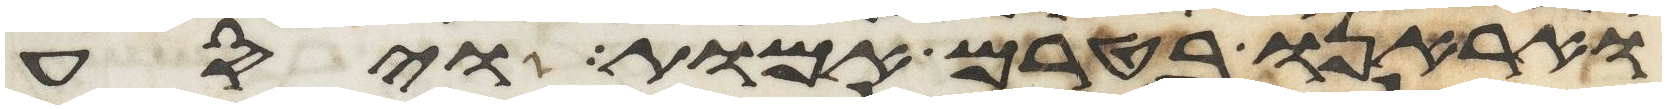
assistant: ואראנו בטרם אמות ויסע